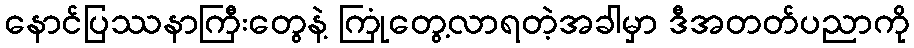
နောင်ပြဿနာကြီးတွေနဲ့ ကြုံတွေ့လာရတဲ့အခါမှာ ဒီအတတ်ပညာကို